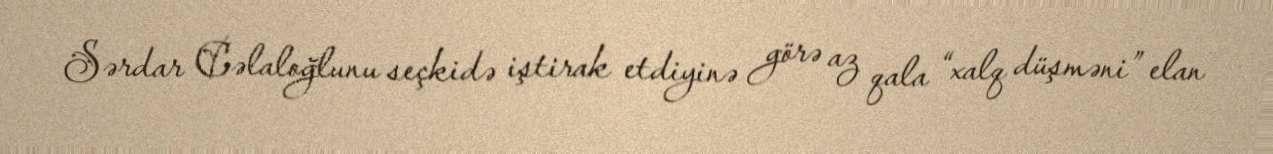
Sərdar Cəlaloğlunu seçkidə iştirak etdiyinə görə az qala “xalq düşməni” elan